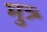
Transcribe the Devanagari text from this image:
मुत्र्